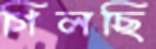
গিলছি